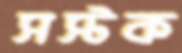
সস্টক